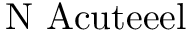
\mathrm { { N \ A c u t e { e } e l } }